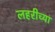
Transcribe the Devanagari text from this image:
लहरीच्या